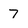
Character: 7